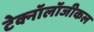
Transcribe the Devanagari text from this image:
टेक्नॉलॉजीकल